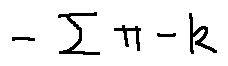
- \sum \pi - k